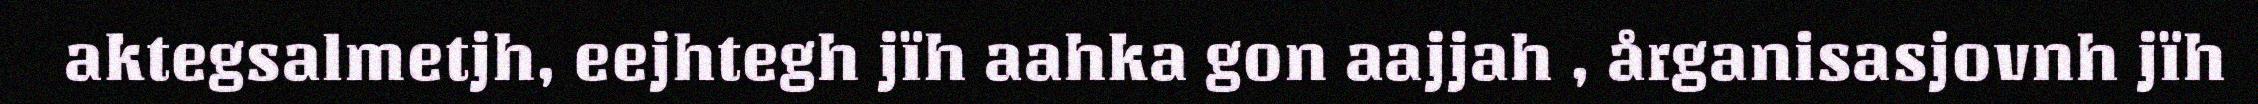
aktegsalmetjh, eejhtegh jïh aahka gon aajjah , årganisasjovnh jïh